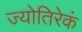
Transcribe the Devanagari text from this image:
ज्योतिरेकं